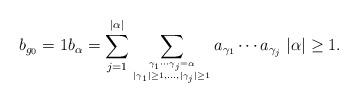
LaTeX: \begin{align*}b_{g_0}=1 b_\alpha= \sum_{j=1}^{|\alpha|}\sum_{{\gamma_1\cdots \gamma_j=\alpha }\atop {|\gamma_1|\geq1,\ldots, |\gamma_j|\geq 1}} a_{\gamma_1}\cdots a_{\gamma_j} \ |\alpha|\geq 1.\end{align*}